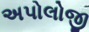
અપોલોજી